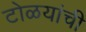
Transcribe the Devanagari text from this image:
टोळयांची